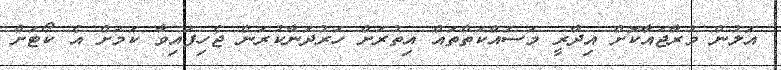
އަލުން މުރާޖައާކޮށް އިދާރީ މަސައްކަތްތައް އިތުރަށް ހަރުދަނާކުރަން ޖެހިފައިވާ ކަމަށް އެ ކޯޓަށް